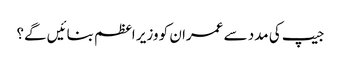
جیپ کی مدد سے عمران کو وزیر اعظم بنائیں گے؟